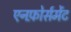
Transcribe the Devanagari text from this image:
एनफ़ोर्समेंट